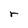
Character: r